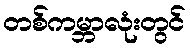
တစ်ကမ္ဘာလုံးတွင်